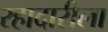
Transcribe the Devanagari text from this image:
रहादारीला